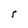
Character: S